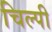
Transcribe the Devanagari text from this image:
चिल्पी